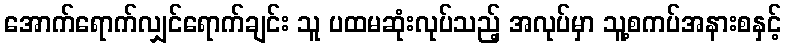
အောက်ရောက်လျှင်ရောက်ချင်း သူ ပထမဆုံးလုပ်သည့် အလုပ်မှာ သူ့စကပ်အနားစနှင့်